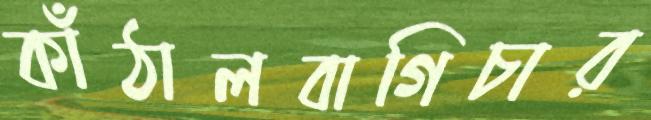
কাঁঠালবাগিচার